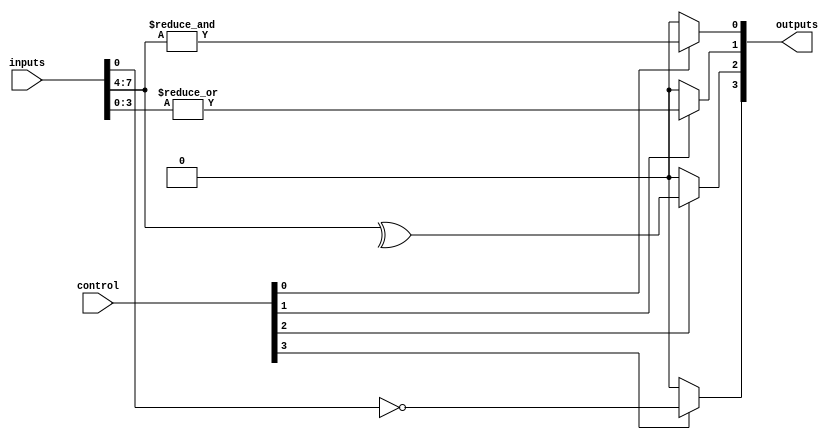
module AdjacencyGroups (
    input wire [N-1:0] inputs,       // N input signals
    input wire [M-1:0] control,       // Control signals for group selection
    output wire [P-1:0] outputs       // P output signals
);

// Parameters
parameter N = 8;                    // Number of input signals
parameter M = 4;                    // Number of adjacency groups
parameter P = 4;                    // Number of output signals

// Internal signals for adjacency groups
wire [N/2-1:0] group1;              // Group 1 signals
wire [N/2-1:0] group2;              // Group 2 signals
wire [N/2-1:0] group3;              // Group 3 signals
wire [N/2-1:0] group4;              // Group 4 signals

// Assign inputs to groups based on adjacency
assign group1 = inputs[N-1:N/2];    // Example grouping
assign group2 = inputs[N/2-1:0];
assign group3 = inputs[N-1:N/2];     // Reusing for example
assign group4 = inputs[N/2-1:0];

// Logic operations within each group
wire g1_output, g2_output, g3_output, g4_output;

assign g1_output = &group1;          // AND operation for group 1
assign g2_output = |group2;          // OR operation for group 2
assign g3_output = ^group3;          // XOR operation for group 3
assign g4_output = ~group4;          // NOT operation for group 4

// Output generation based on control signals
assign outputs[0] = (control[0]) ? g1_output : 1'b0;  // Output from group 1
assign outputs[1] = (control[1]) ? g2_output : 1'b0;  // Output from group 2
assign outputs[2] = (control[2]) ? g3_output : 1'b0;  // Output from group 3
assign outputs[3] = (control[3]) ? g4_output : 1'b0;  // Output from group 4

endmodule